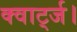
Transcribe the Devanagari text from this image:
क्वार्ट्ज।